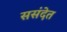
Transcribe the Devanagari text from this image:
ससंदेत